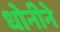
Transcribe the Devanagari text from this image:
धोनीने